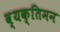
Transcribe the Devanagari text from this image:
व्यक्तिमन